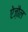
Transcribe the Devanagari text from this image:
ऐज़ौल